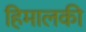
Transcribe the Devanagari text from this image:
हिमालकी